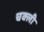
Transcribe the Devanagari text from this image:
चक्ली